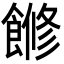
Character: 𩝧